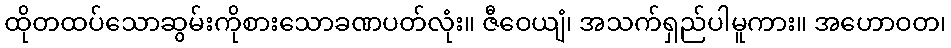
ထိုတထပ်သောဆွမ်းကိုစားသောခဏပတ်လုံး။ ဇီဝေယျံ၊ အသက်ရှည်ပါမူကား။ အဟောဝတ၊